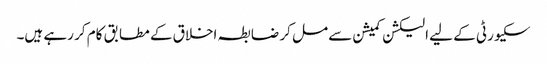
سکیورٹی کے لیے الیکشن کمیشن سے مل کر ضابطہ اخلاق کے مطابق کام کر رہے ہیں۔